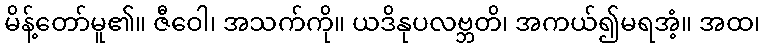
မိန့်တော်မူ၏။ ဇီဝေါ၊ အသက်ကို။ ယဒိနုပလဗ္ဘတိ၊ အကယ်၍မရအံ့။ အထ၊